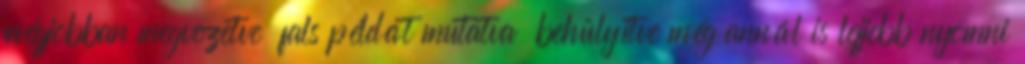
mégjobban megvezetve fals példát mutatva behülyítve még annál is lejjebb nyomni